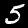
Digit: 5